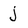
Character: j